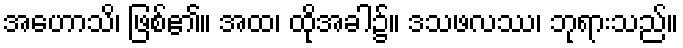
အဟောသိ၊ ဖြစ်၏။ အထ၊ ထိုအခါ၌။ ဒသဖလဿ၊ ဘုရားသည်။